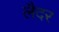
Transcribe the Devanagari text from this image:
लैदर